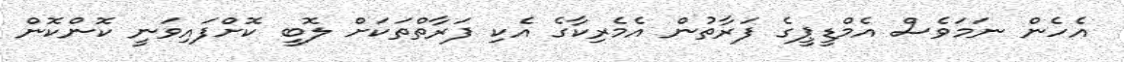
އެހެން ނަމަވެސް އެމްޑީޕީގެ ފަރާތުން އެމެރިކާގެ އެކި ފަރާތްތަކަށް ލޮބީ ކޮށްފައިވަނީ ކޮންކޮން